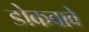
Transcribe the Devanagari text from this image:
डोकवावे